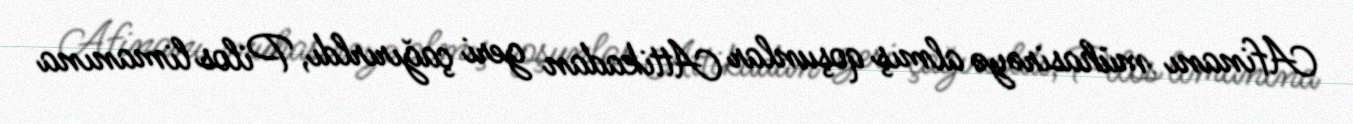
Afinanı mühasirəyə almış qoşunlar Attikadan geri çağırırldı, Pilos limanına